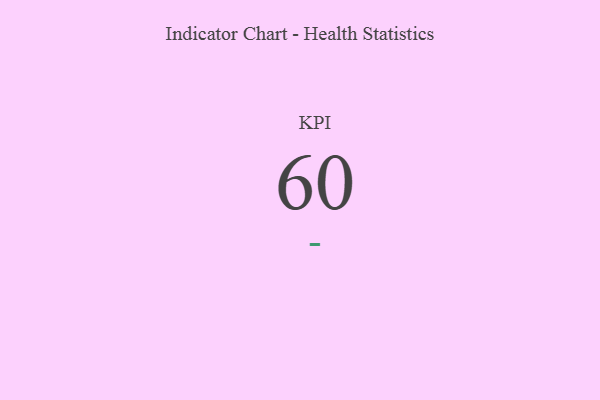
{"axis": {"x": "KPI", "y": "Value"}, "legend": [""], "data": [{"x": "KPI", "y": 60, "type": ""}]}